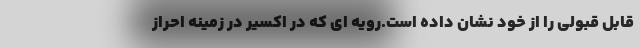
قابل قبولی را از خود نشان داده است.رویه ای که در اکسیر در زمینه احراز